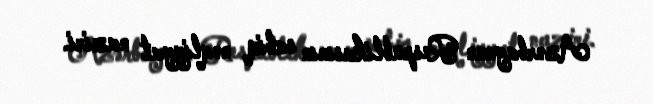
Azərbaycan Respublikasının sabiq nəqliyyat naziri.